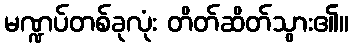
မဏ္ဍပ်တစ်ခုလုံး တိတ်ဆိတ်သွား၏။